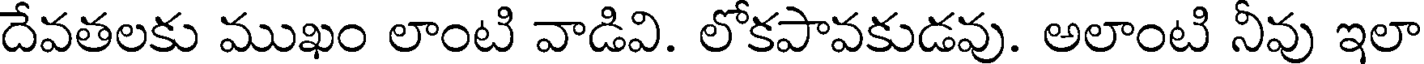
దేవతలకు ముఖం లాంటి వాడివి. లోకపావకుడవు. అలాంటి నీవు ఇలా